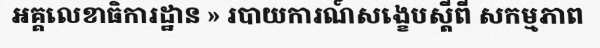
អគ្គលេខាធិការដ្ឋាន » របាយការណ៍សង្ខេបស្តីពី សកម្មភាព